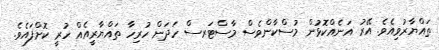
ތައްޔާރުވިއެވެ. އޭރު އަނެއްކޮޅުން މުސްކާންވެސް މާސްޓަރސް ހަދަން ހުރިހާ ތައްޔާރީއެއް ހުރީ ކޮށްފައެވެ.